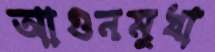
আগুনমুখা